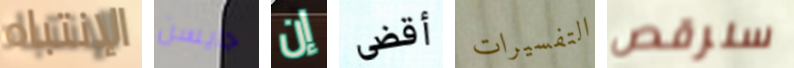
الإنتباه جايسن إن أقضى التفسيرات سنرقص